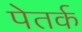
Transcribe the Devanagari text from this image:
पेतर्क